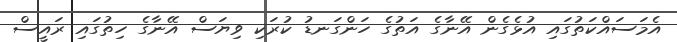
އެމަސައްކަތުގައި އުޅެގެން އޭނާގެ އަތުގެ ހަންގަނޑު ކުރަކި ވިޔަސް އޭނާގެ ހިތުގައި ރައީސް